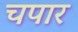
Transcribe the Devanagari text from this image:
चपार